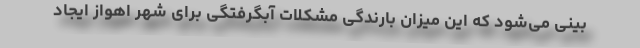
بینی می‌شود که این میزان بارندگی مشکلات آبگرفتگی برای شهر اهواز ایجاد